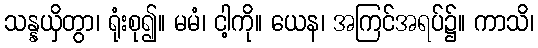
သန္နယှိတွာ၊ ရုံးစု၍။ မမံ၊ ငါ့ကို။ ယေန၊ အကြင်အရပ်၌။ ကာသိ၊